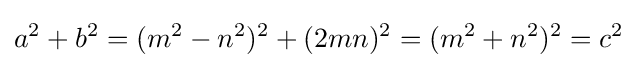
a^{2}+b^{2}=(m^{2}-n^{2})^{2}+(2mn)^{2}=(m^{2}+n^{2})^{2}=c^{2}